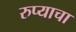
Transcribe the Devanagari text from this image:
रुप्याचा